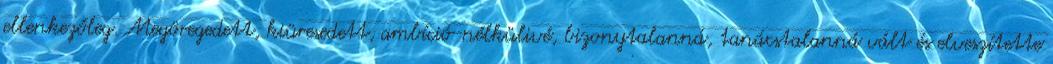
ellenkezőleg. Megöregedett, kiü­rese­dett, ambíció-nélkülivé, bizonytalanná, tanácstalanná vált és el­ve­szítette